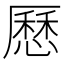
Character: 𠪾